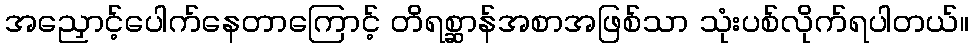
အညှောင့်ပေါက်နေတာကြောင့် တိရစ္ဆာန်အစာအဖြစ်သာ သုံးပစ်လိုက်ရပါတယ်။